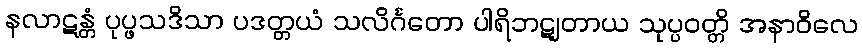
နလာဋန္တံ ပုပ္ဖသဒိသာ ပဒတ္တယံ သလိင်္ဂတော ပါရိဘဋျတာယ သုပ္ပဝတ္တိ အနာဝိလေ